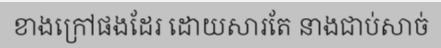
ខាងក្រៅផងដែរ ដោយសារតែ នាងជាប់សាច់